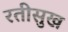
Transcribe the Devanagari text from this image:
रतीसुख